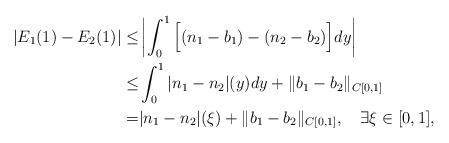
LaTeX: \begin{align*}|E_1(1)-E_2(1)|\le&\left|\int_0^1\Big[(n_1-b_1)-(n_2-b_2)\Big]dy\right|\\\le&\int_0^1|n_1-n_2|(y)dy+\|b_1-b_2\|_{C[0,1]}\\=&|n_1-n_2|(\xi)+\|b_1-b_2\|_{C[0,1]}, \quad\exists\xi\in[0,1],\end{align*}